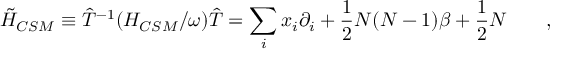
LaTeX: \tilde { H } _ { C S M } \equiv { \hat { T } ^ { - 1 } } ( H _ { C S M } / \omega ) \hat { T } = \sum _ { i } x _ { i } \partial _ { i } + \frac { 1 } { 2 } N ( N - 1 ) \beta + \frac { 1 } { 2 } N \qquad ,